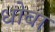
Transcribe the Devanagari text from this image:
धोबा